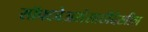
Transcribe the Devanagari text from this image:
सॉफ्टवेअरांसाठीदेखील